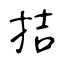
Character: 拮